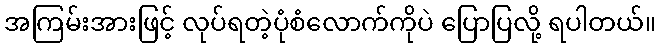
အကြမ်းအားဖြင့် လုပ်ရတဲ့ပုံစံလောက်ကိုပဲ ပြောပြလို့ ရပါတယ်။